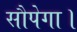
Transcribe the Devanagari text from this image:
सौपेगा।